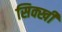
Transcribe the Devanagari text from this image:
सिक्खी